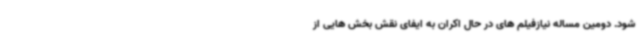
شود. دومین مساله نیازفیلم های در حال اکران به ایفای نقش بخش هایی از